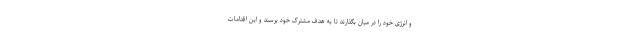
و انرژی خود را در میان بگذارند تا به هدف مشترک خود برسند و این اقدامات